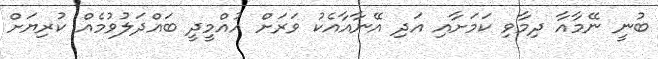
ބުނީ ނޭމާއާ ދިމާވި ކަމަށާއި އަދި އޭނާއާއެކު ވަރަށް އުއްމީދީ ބައްދަލުވުމެއް ކުރިޔަށް